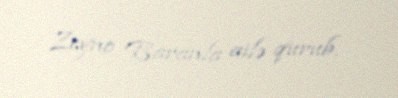
Zeyno Baranla ailə qurub.